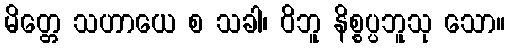
မိတ္တေ သဟာယေ စ သခါ၊ ဝိဘူ နိစ္စပ္ပဘူသု သော။